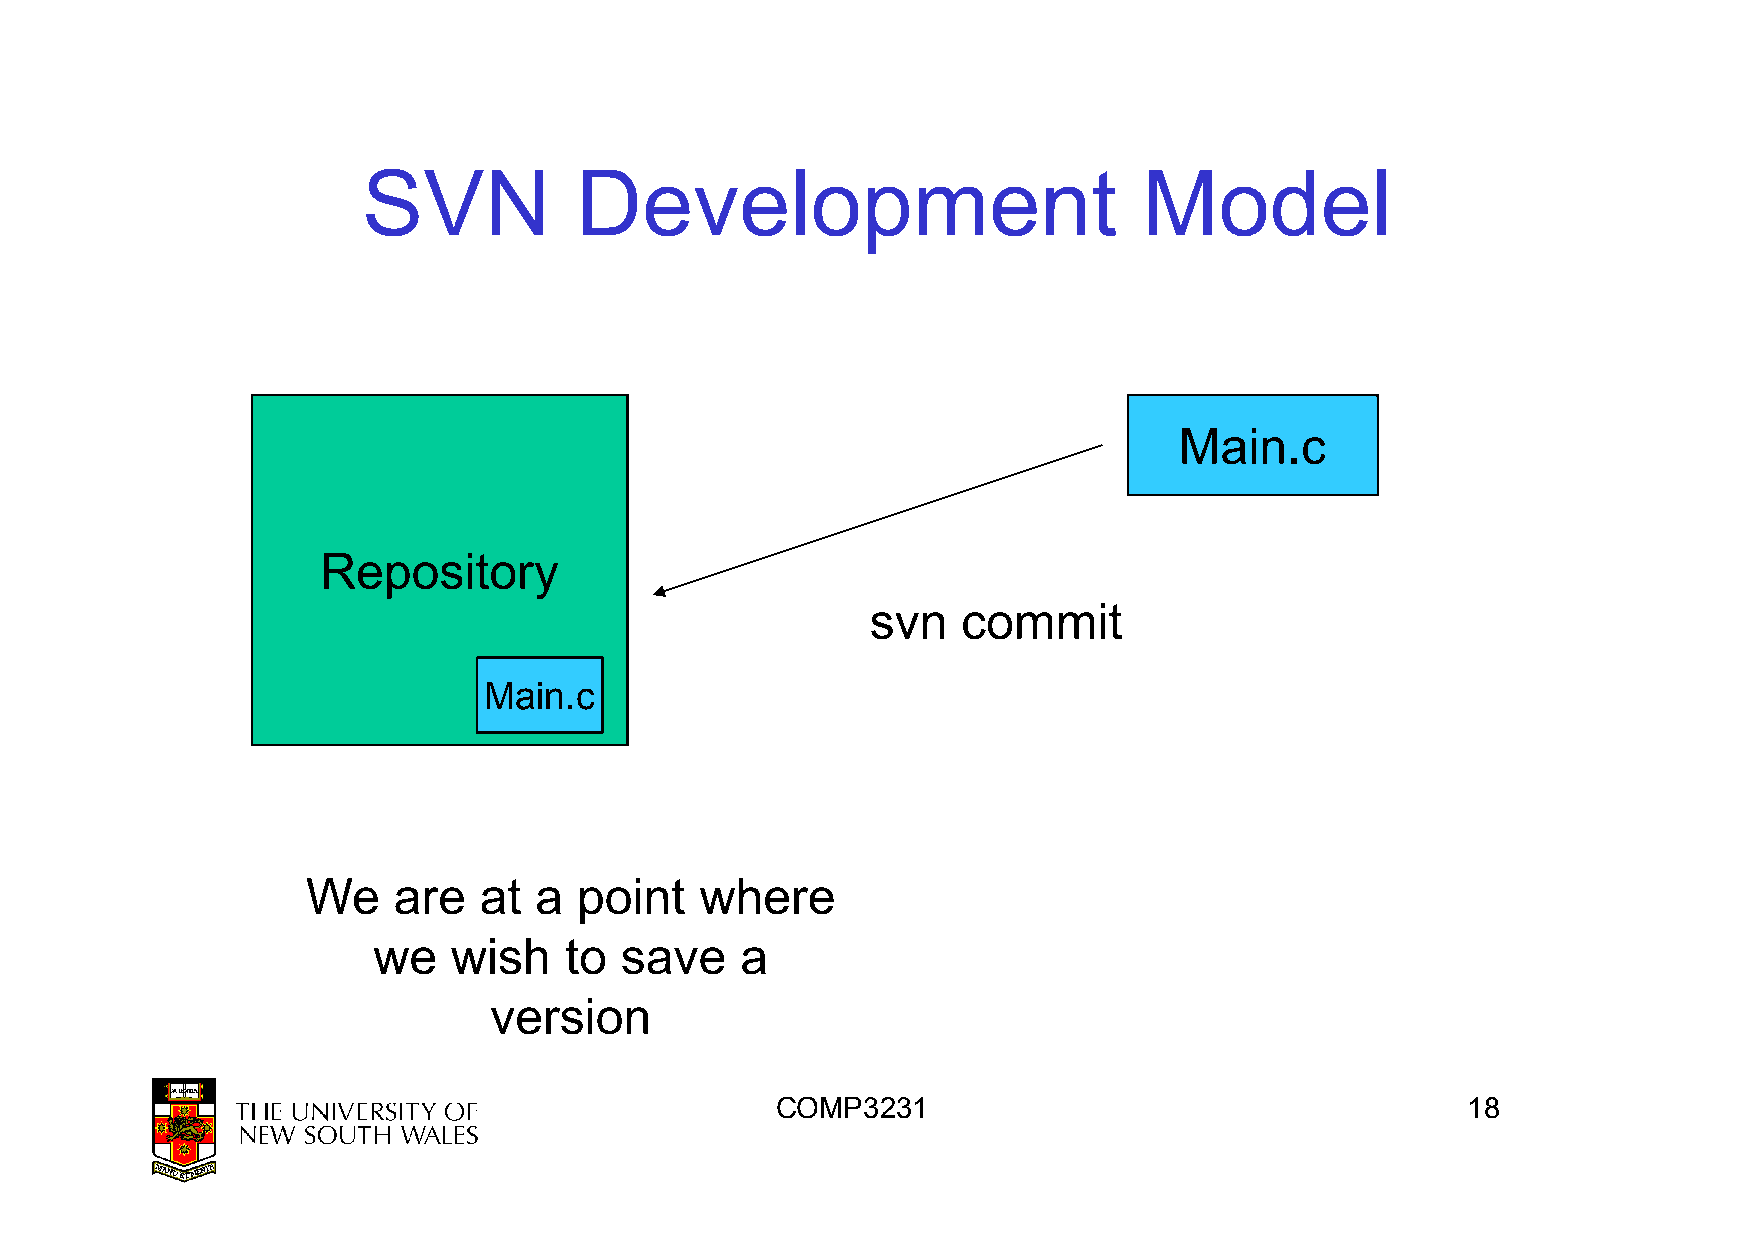
SVN           Development                           Model
 Main.c
 Repository
 ssvvnn ccoommmmiitt
 Main.c
 We    are   at a  point   where
 we   wish   to  save    a
 version
 COMP3231                                      18